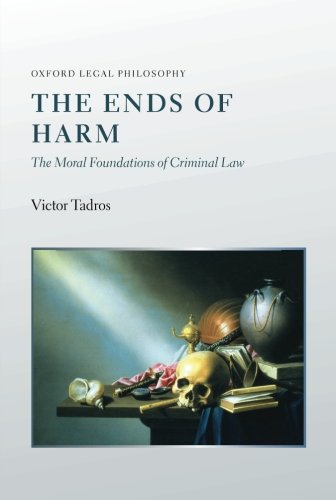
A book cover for The Ends of Harm: The Moral Foundations of Criminal Law (Oxford Legal Philosophy); Victor Tadros; Law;